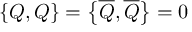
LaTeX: \left\{ Q , Q \right\} = \left\{ { \overline { { Q } } } , { \overline { { Q } } } \right\} = 0